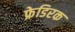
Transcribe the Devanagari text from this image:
फ्रेडिरक